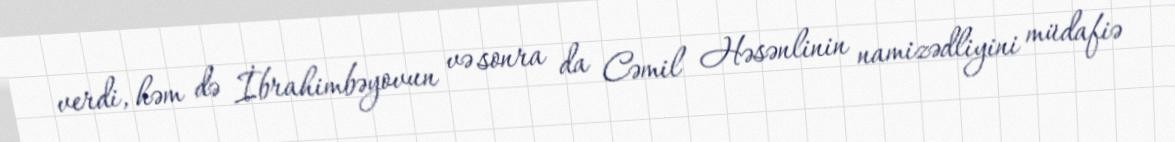
verdi, həm də İbrahimbəyovun və sonra da Cəmil Həsənlinin namizədliyini müdafiə